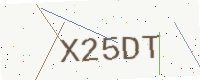
Text: X25DT